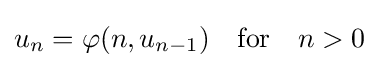
u_{n}=\varphi (n,u_{n-1})\quad {\text{for}}\quad n>0